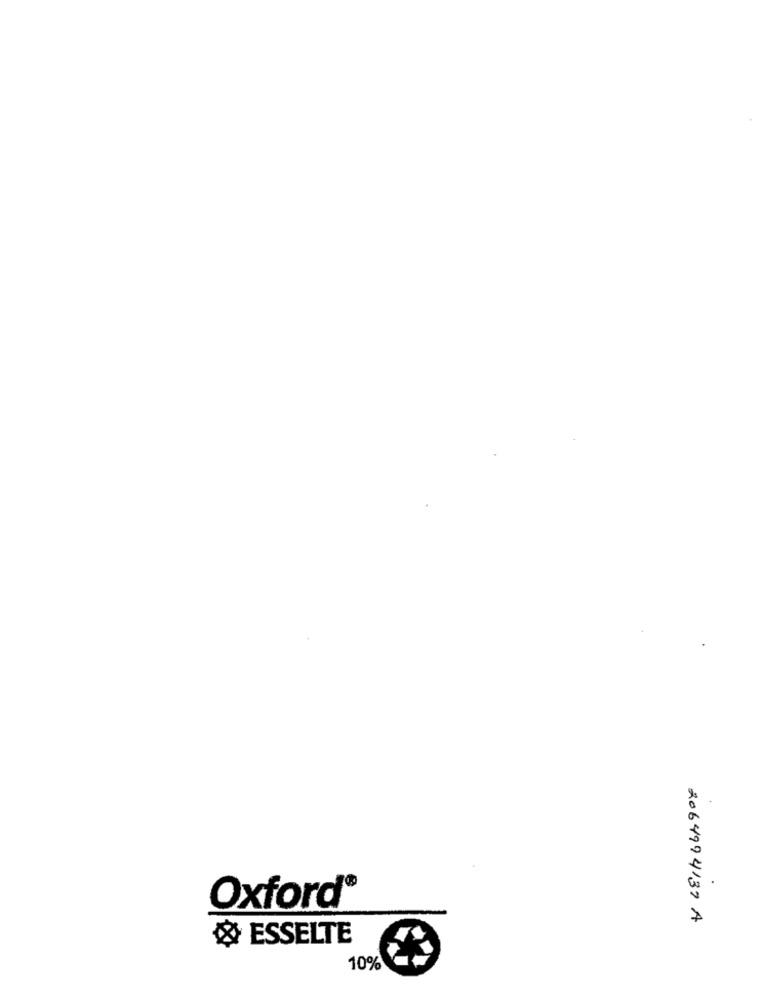
Oxford®
2064994137 A
& ESSELTE
10%